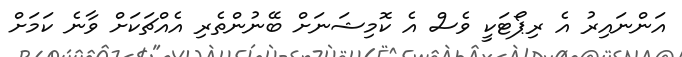
އަންނައިރު އެ ރިޕޯޓަކީ ވެސް އެ ކޮމިޝަނަށް ބޭނުންތެރި އެއްޗަކަށް ވާނެ ކަމަށް